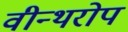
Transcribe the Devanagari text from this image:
वीन्थरोप